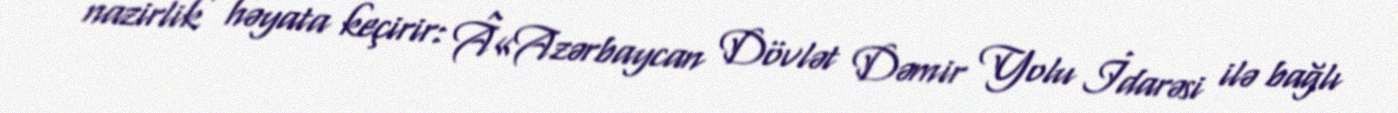
nazirlik həyata keçirir: Â«Azərbaycan Dövlət Dəmir Yolu İdarəsi ilə bağlı